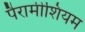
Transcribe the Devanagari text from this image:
पैरामीशियम